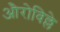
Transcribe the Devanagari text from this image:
औरोविल्ले